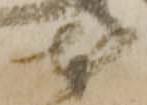
本